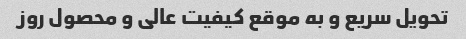
تحویل سریع و به موقع کیفیت عالی و محصول روز